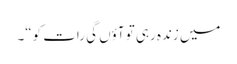
میں زندہ رہی تو آؤں گی رات کو“۔